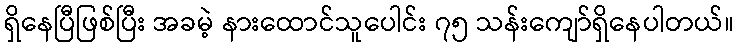
ရှိနေပြီဖြစ်ပြီး အခမဲ့ နားထောင်သူပေါင်း ၇၅ သန်းကျော်ရှိနေပါတယ်။